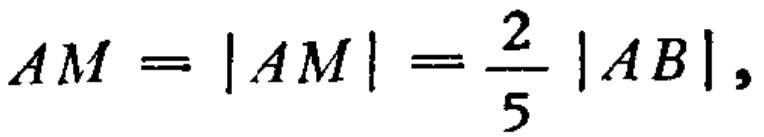
\[
AM = |AM| = \frac{2}{5} |AB|,
\]